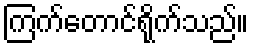
ကြက်တောင်ရိုက်သည်။